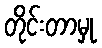
တိုင်းတာမှု